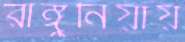
রাঙ্গুনিয়ায়